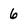
Character: 6